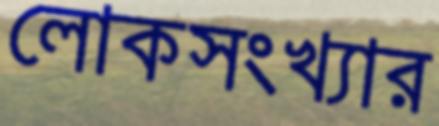
লোকসংখ্যার